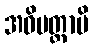
အဓိမတ္တာပိ